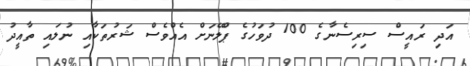
އަދި ރައީސް ސިރިސެނާގެ 100 ދުވަހުގެ ޕްލޭނަށް އެއްވެސް ޝަރުތަކާއި ނުލައި ތާއީދު